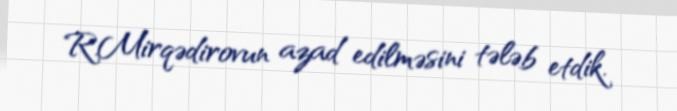
R.Mirqədirovun azad edilməsini tələb etdik.